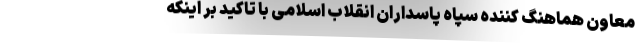
معاون هماهنگ کننده سپاه پاسداران انقلاب اسلامی با تاکید بر اینکه